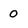
Character: 0